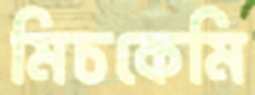
মিচকেমি